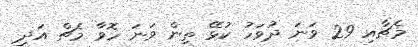
މެޗާއި 29 ވަނަ ދުވަހު ކުޅޭ ތިން ވަނަ ހޮވާ މެޗް އަދި